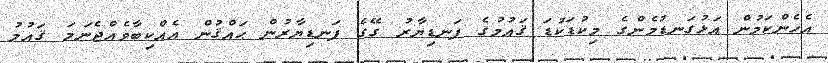
އެހެންކަމުން އަޅުގަނޑުމެންގެ މިކުޑަކުޑަ ޤައުމުގެ ފަނޑިޔާރު ގޭގެ ފަނޑިޔާރުން ޙައްޤުން އެއްކިބާވެއްޖެނަމަ ޤައުމު